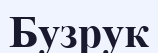
Бузрук